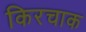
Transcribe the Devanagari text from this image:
किरचाक